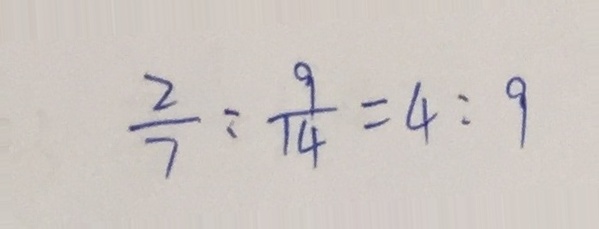
\frac { 2 } { 7 } : \frac { 9 } { 1 4 } = 4 : 9